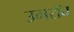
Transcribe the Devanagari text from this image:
उमरॉव